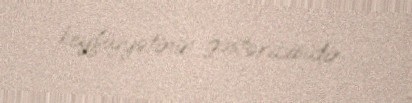
keyfiyyətinin göstəricisidir.